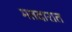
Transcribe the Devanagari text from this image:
मतदारात